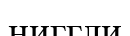
ниггли